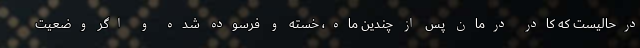
درحالیست که کادر درمان پس از چندین ماه، خسته و فرسوده شده و اگر وضعیت